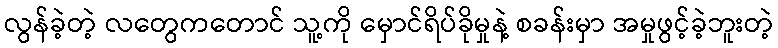
လွန်ခဲ့တဲ့ လတွေကတောင် သူ့ကို မှောင်ရိပ်ခိုမှုနဲ့ စခန်းမှာ အမှုဖွင့်ခဲ့ဘူးတဲ့